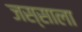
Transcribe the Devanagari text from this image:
जस्साला